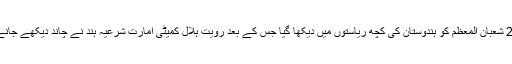
ماہِ رمضان کا چاند آج 29 شعبان المعظم کو ہندوستان کی کچھ ریاستوں میں دیکھا گیا جس کے بعد رویت ہلال کمیٹی امارت شرعیہ ہند نے چاند دیکھے جانے کے اہتمام کا اعلان کیا۔